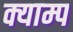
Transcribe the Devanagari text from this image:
क्याम्प